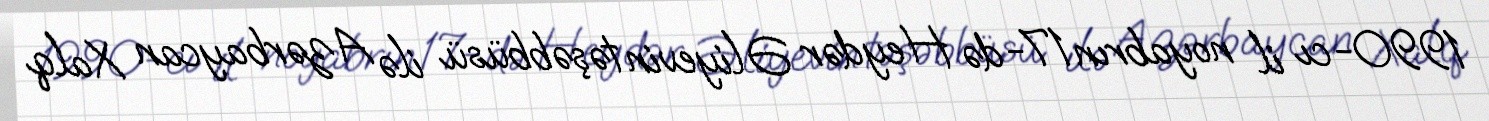
1990-cı il noyabrın 17-də Heydər Əliyevin təşəbbüsü ilə Azərbaycan Xalq